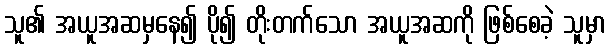
သူ၏ အယူအဆမှနေ၍ ပို၍ တိုးတက်သော အယူအဆကို ဖြစ်စေခဲ့ သူမှာ